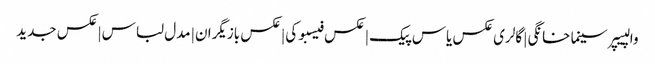
والپیپر سینما خانگی | گالری عکس یاس پیک | عکس فیسبوکی | عکس بازیگران | مدل لباس | عکس جدید